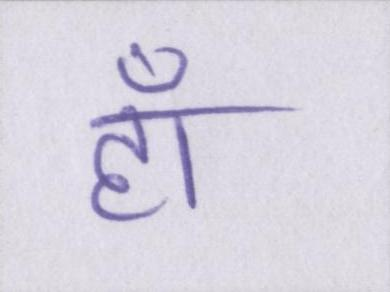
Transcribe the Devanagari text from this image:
हाँ